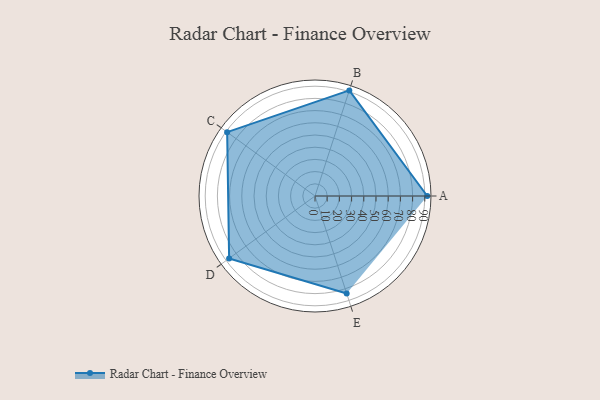
{"axis": {"x": "Skill", "y": "Score"}, "legend": ["Profile"], "data": [{"x": "A", "y": 92.0, "type": "Profile"}, {"x": "B", "y": 91.0, "type": "Profile"}, {"x": "C", "y": 89.0, "type": "Profile"}, {"x": "D", "y": 87.0, "type": "Profile"}, {"x": "E", "y": 84.0, "type": "Profile"}]}